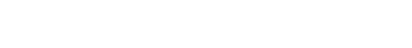
ဣတိ၊ ဤသို့။ အဋ္ဌာရသဝိဓေ၊ တဆယ့်ရှစ်ပါးအပြားရှိသော။ ဣမသ္မိံ ကာယေ၊